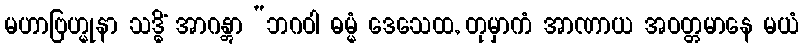
မဟာဗြဟ္မုနာ သဒ္ဓိံ အာဂန္တွာ “ဘဂဝါ ဓမ္မံ ဒေသေထ, တုမှာကံ အာဏာယ အဝတ္တမာနေ မယံ